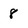
Character: 8